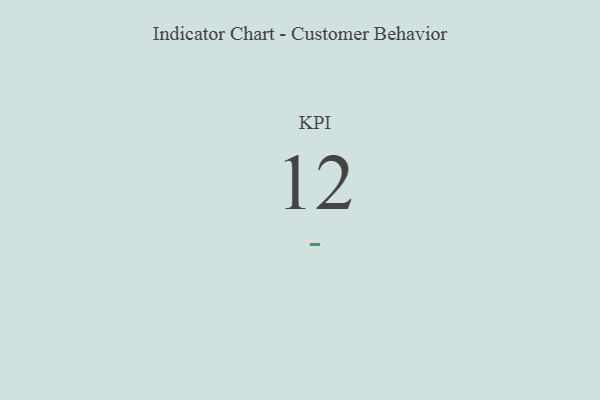
{"axis": {"x": "KPI", "y": "Value"}, "legend": [""], "data": [{"x": "KPI", "y": 12, "type": ""}]}